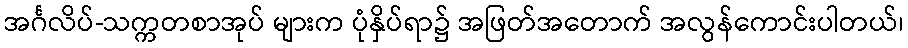
အင်္ဂလိပ်-သက္ကတစာအုပ် များက ပုံနှိပ်ရာ၌ အဖြတ်အတောက် အလွန်ကောင်းပါတယ်၊